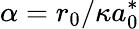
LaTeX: \alpha=r_{0}/\kappa a_{0}^{*}